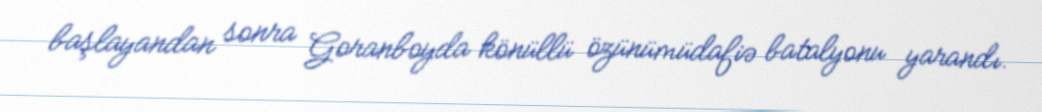
başlayandan sonra Goranboyda könüllü özünümüdafiə batalyonu yarandı.